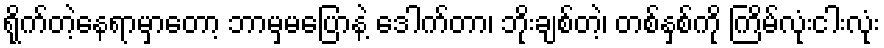
ရိုက်တဲ့နေရာမှာတော့ ဘာမှမပြောနဲ့ ဒေါက်တာ၊ ဘိုးချစ်တဲ့၊ တစ်နှစ်ကို ကြိမ်လုံးငါးလုံး